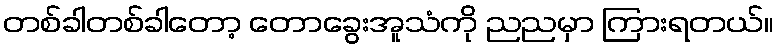
တစ်ခါတစ်ခါတော့ တောခွေးအူသံကို ညညမှာ ကြားရတယ်။